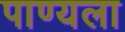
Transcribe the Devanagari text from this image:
पाण्यला